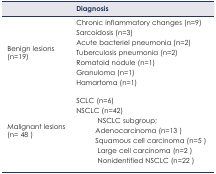
<table><thead><tr><td></td><td><b>Diagnosis</b></td></tr></thead><tbody><tr><td rowspan="7">Benign lesions (n=19)</td><td>Chronic inflammatory changes (n=9)</td></tr><tr><td>Sarcoidosis (n=3)</td></tr><tr><td>Acute bacteriel pneumonia (n=2)</td></tr><tr><td>Tuberculosis pneumonia (n=2)</td></tr><tr><td>Romatoid nodule (n=1)</td></tr><tr><td>Granuloma (n=1)</td></tr><tr><td>Hamartoma (n=1)</td></tr><tr><td rowspan="7">Malignant lesions (n= 48)</td><td>SCLC (n=6)</td></tr><tr><td>NSCLC (n=42)</td></tr><tr><td>NSCLC subgroup;</td></tr><tr><td>Adenocarcinoma (n=13)</td></tr><tr><td>Squamous cell carcinoma (n=5)</td></tr><tr><td>Large cell carcinoma (n=2)</td></tr><tr><td>Nonidentified NSCLC (n=22)</td></tr></tbody></table>